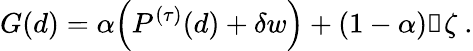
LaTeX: G(d)=\alpha\Big(P^{(\tau)}(d)+\delta w\Big)+(1-\alpha)\mathbb{1}\zeta\ .